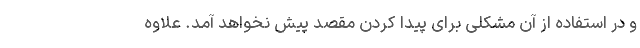
و در استفاده از آن مشکلی برای پیدا کردن مقصد پیش نخواهد آمد. علاوه